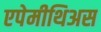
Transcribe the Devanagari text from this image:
एपेमीथिअस